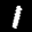
Label: 1